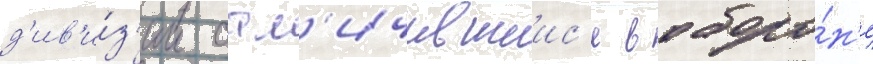
д'ив'и́з'ии отл'ичившиис'я в оборо́н'е